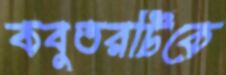
কবুতরটিকে